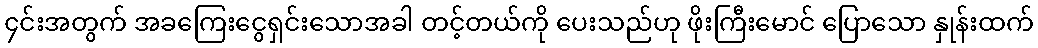
၄င်းအတွက် အခကြေးငွေရှင်းသောအခါ တင့်တယ်ကို ပေးသည်ဟု ဖိုးကြီးမောင် ပြောသော နှုန်းထက်